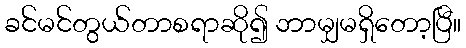
ခင်မင်တွယ်တာစရာဆို၍ ဘာမျှမရှိတော့ပြီ။